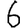
Digit: 6